Annual report on the Civil Veterinary Department, Burma (including the Insein Veterinary School) - 1910-1922
Year: 1910
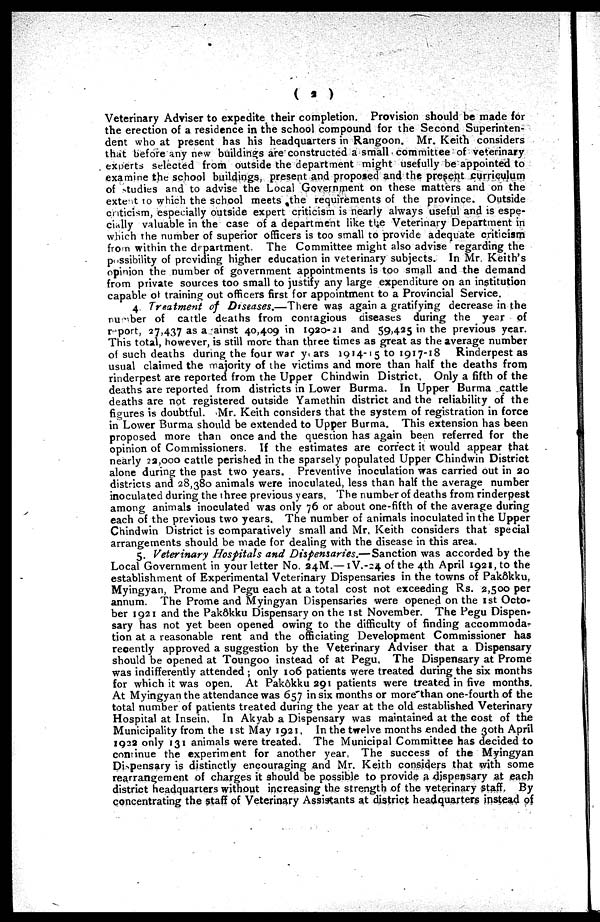
( 2 )
Veterinary Adviser to expedite their completion. Provision should be made for
the erection of a residence in the school compound for the Second Superinten-
dent who at present has his headquarters in Rangoon. Mr. Keith considers
that before any new buildings are constructed a small committee of veterinary
experts selected from outside the department might usefully be appointed to
examine the school buildings, present and proposed and the present curriculum
of studies and to advise the Local Government on these matters and on the
extent to which the school meets the requirements of the province. Outside
criticism, especially outside expert criticism is nearly always useful and is espe-
cially valuable in the case of a department like the Veterinary Department in
which the number of superior officers is too small to provide adequate criticism
from within the department. The Committee might also advise regarding the
possibility of providing higher education in veterinary subjects. In Mr. Keith's
opinion the number of government appointments is too small and the demand
from private sources too small to justify any large expenditure on an institution
capable of training out officers first for appointment to a Provincial Service.
4. Treatment of Diseases.—There
was again a gratifying decrease in the
number of cattle deaths from contagious diseases during the year of
report, 27,437 as a ainst 40,409 in 1920-21 and 59,425 in the previous year.
This total, however, is still more than three times as great as the average number
of such deaths during the four war years 1914-15 to 1917-18
Rinderpest as
usual claimed the majority of the victims and more than half the deaths from
rinderpest are reported from the Upper Chindwin District, Only a fifth of the
deaths are reported from districts in Lower Burma. In Upper Burma cattle
deaths are not registered outside Yamethin district and the reliability of the
figures is doubtful. Mr. Keith considers that the system of registration in force
in Lower Burma should be extended to Upper Burma. This extension has been
proposed more than once and the question has again been referred for the
opinion of Commissioners. If the estimates are correct it would appear that
nearly 22,000 cattle perished in the sparsely populated Upper Chindwin District
alone during the past two years. Preventive inoculation was carried out in 20
districts and 28,380 animals were inoculated, less than half the average number
inoculated during the three previous years, The number of deaths from rinderpest
among animals inoculated was only 76 or about one-fifth of the average during
each of the previous two years. The number of animals inoculated in the Upper
Chindwin District is comparatively small and Mr, Keith considers that special
arrangements should be made for dealing with the disease in this area.
5. Veterinary Hospitals and Dispensaries.— Sanction was accorded by the
Local Government in your letter No, 24M.— 1V.-24 of the 4th April 1921, to the
establishment of Experimental Veterinary Dispensaries in the towns of Pakôkku,
Myingyan, Prome and Pegu each at a total cost not exceeding Rs. 2,500 per
annum. The Prome and Myingyan Dispensaries were opened on the 1st Octo-
ber 1921 and the Pakôkku Dispensary on the 1st November. The Pegu Dispen-
sary has not yet been opened owing to the difficulty of finding accommoda-
tion at a reasonable rent and the officiating Development Commissioner has
recently approved a suggestion by the Veterinary Adviser that a Dispensary
should be opened at Toungoo instead of at Pegu, The Dispensary at Prome
was indifferently attended ; only 106 patients were treated during the six months
for which it was open. At Pakôkku 291 patients were treated in five months.
At Myingyan the attendance was 657 in six months or more than one-fourth of the
total number of patients treated during the year at the old established Veterinary
Hospital at Insein, In Akyab a Dispensary was maintained at the cost of the
Municipality from the 1st May 1921, In the twelve months ended the 30th April
1922 only 131 animals were treated, The Municipal Committee has decided to
continue the experiment for another year, The success of the Myingyan
Di pensary is distinctly encouraging and Mr. Keith considers that with some
rearrangement of charges it should be possible to provide a dispensary at each
district headquarters without increasing the strength of the veterinary staff. By
concentrating the staff of Veterinary Assistants at district headquarters instead of